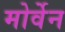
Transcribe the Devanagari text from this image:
मोर्वेन